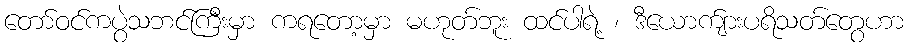
တော်ဝင်ကပွဲသဘင်ကြီးမှာ ကရတော့မှာ မဟုတ်ဘူး ထင်ပါရဲ့ ၊ ဒီယောက်ျားပရိသတ်တွေဟာ